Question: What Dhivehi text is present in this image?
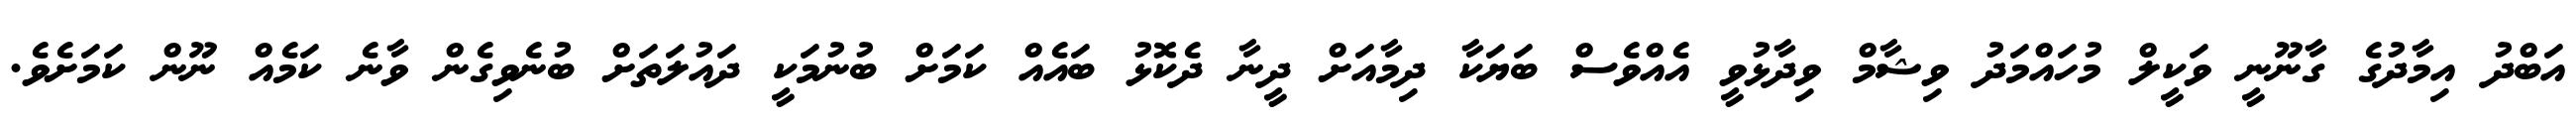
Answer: އަބްދު އިމާދުގެ ގާނޫނީ ވަކީލް މުހައްމަދު ވިޝާމް ވިދާޅުވީ އެއްވެސް ބަޔަކާ ދިމާއަށް ދީނާ ދެކޮޅު ބައެއް ކަމަށް ބުނުމަކީ ދައުލަތަށް ބުނެވިގެން ވާނެ ކަމެއް ނޫން ކަމަށެވެ.